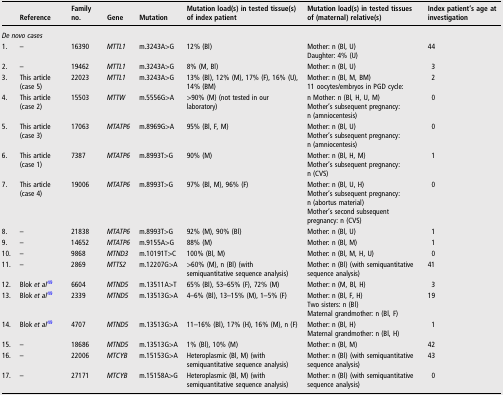
<table><thead><tr><td></td><td><b>Reference</b></td><td><b>Family no.</b></td><td><b>Gene</b></td><td><b>Mutation</b></td><td><b>Mutation load(s) in tested tissue(s) of index patient</b></td><td><b>Mutation load(s) in tested tissues of (maternal) relative(s)</b></td><td><b>Index patient&#x27;s age at investigation</b></td></tr></thead><tbody><tr><td colspan="8"><i>De novo cases</i></td></tr><tr><td>1.</td><td>–</td><td>16390</td><td><i>MTTL1</i></td><td>m.3243A&gt;G</td><td>12% (Bl)</td><td>Mother: n (Bl, U)Daughter: 4% (U)</td><td>44</td></tr><tr><td>2.</td><td>–</td><td>19462</td><td><i>MTTL1</i></td><td>m.3243A&gt;G</td><td>8% (M, Bl)</td><td>Mother: n (Bl, U)</td><td>3</td></tr><tr><td>3.</td><td>This article (case 5)</td><td>22023</td><td><i>MTTL1</i></td><td>m.3243A&gt;G</td><td>13% (Bl), 12% (M), 17% (F), 16% (U), 14% (BM)</td><td>Mother: n (Bl, M, BM)11 oocytes/embryos in PGD cycle:</td><td>2</td></tr><tr><td>4.</td><td>This article (case 2)</td><td>15503</td><td><i>MTTW</i></td><td>m.5556G&gt;A</td><td>&gt;90% (M) (not tested in our laboratory)</td><td>n Mother: n (Bl, H, U, M)Mother&#x27;s subsequent pregnancy: n (amniocentesis)</td><td>0</td></tr><tr><td>5.</td><td>This article (case 3)</td><td>17063</td><td><i>MTATP6</i></td><td>m.8969G&gt;A</td><td>95% (Bl, F, M)</td><td>Mother: n (Bl, U)Mother&#x27;s subsequent pregnancy: n (amniocentesis)</td><td>0</td></tr><tr><td>6.</td><td>This article (case 1)</td><td>7387</td><td><i>MTATP6</i></td><td>m.8993T&gt;G</td><td>90% (M)</td><td>Mother: n (Bl, H, M)Mother&#x27;s subsequent pregnancy: n (CVS)</td><td>1</td></tr><tr><td>7.</td><td>This article (case 4)</td><td>19006</td><td><i>MTATP6</i></td><td>m.8993T&gt;G</td><td>97% (Bl, M), 96% (F)</td><td>Mother: n (Bl, U, H)Mother&#x27;s subsequent pregnancy: n (abortus material)Mother&#x27;s second subsequent pregnancy: n (CVS)</td><td>0</td></tr><tr><td>8.</td><td>–</td><td>21838</td><td><i>MTATP6</i></td><td>m.8993T&gt;G</td><td>92% (M), 90% (Bl)</td><td>Mother: n (Bl, U)</td><td>1</td></tr><tr><td>9.</td><td>–</td><td>14652</td><td><i>MTATP6</i></td><td>m.9155A&gt;G</td><td>88% (M)</td><td>Mother: n (Bl, M)</td><td>1</td></tr><tr><td>10.</td><td>–</td><td>9868</td><td><i>MTND3</i></td><td>m.10191T&gt;C</td><td>100% (Bl, M)</td><td>Mother: n (Bl, M, H, U)</td><td>0</td></tr><tr><td>11.</td><td>–</td><td>2869</td><td><i>MTTS2</i></td><td>m.12207G&gt;A</td><td>&gt;60% (M), n (Bl) (with semiquantitative sequence analysis)</td><td>Mother: n (Bl) (with semiquantitative sequence analysis)</td><td>41</td></tr><tr><td>12.</td><td>Blok <i>et al</i>49</td><td>6604</td><td><i>MTND5</i></td><td>m.13511A&gt;T</td><td>65% (Bl), 53–65% (F), 72% (M)</td><td>Mother: n (M, Bl, H)</td><td>3</td></tr><tr><td>13.</td><td>Blok <i>et al</i>49</td><td>2339</td><td><i>MTND5</i></td><td>m.13513G&gt;A</td><td>4–6% (Bl), 13–15% (M), 1–5% (F)</td><td>Mother: n (Bl, F, H)Two sisters: n (Bl)Maternal grandmother: n (Bl, F)</td><td>19</td></tr><tr><td>14.</td><td>Blok <i>et al</i>49</td><td>4707</td><td><i>MTND5</i></td><td>m.13513G&gt;A</td><td>11–16% (Bl), 17% (H), 16% (M), n (F)</td><td>Mother: n (Bl, H)Maternal grandmother: n (Bl, H)</td><td>1</td></tr><tr><td>15.</td><td>–</td><td>18686</td><td><i>MTND5</i></td><td>m.13513G&gt;A</td><td>1% (Bl), 10% (M)</td><td>Mother: n (Bl, M)</td><td>42</td></tr><tr><td>16.</td><td>–</td><td>22006</td><td><i>MTCYB</i></td><td>m.15153G&gt;A</td><td>Heteroplasmic (Bl, M) (with semiquantitative sequence analysis)</td><td>Mother: n (Bl) (with semiquantitative sequence analysis)</td><td>43</td></tr><tr><td>17.</td><td>–</td><td>27171</td><td><i>MTCYB</i></td><td>m.15158A&gt;G</td><td>Heteroplasmic (Bl, M) (with semiquantitative sequence analysis)</td><td>Mother: n (Bl) (with semiquantitative sequence analysis)</td><td>0</td></tr></tbody></table>